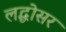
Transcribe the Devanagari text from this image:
लद्धोसर